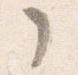
了